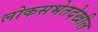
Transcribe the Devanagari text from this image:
लोकसभेतदेखील